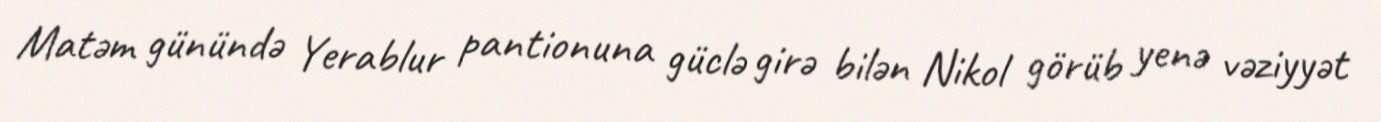
Matəm günündə Yerablur pantionuna güclə girə bilən Nikol görüb yenə vəziyyət